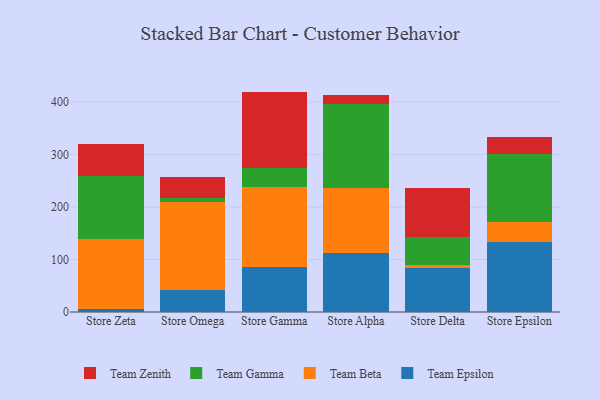
{"axis": {"x": "Store", "y": "Net Income (USD K)"}, "legend": ["Team Beta", "Team Epsilon", "Team Gamma", "Team Zenith"], "data": [{"x": "Store Zeta", "y": 5.2, "type": "Team Epsilon"}, {"x": "Store Zeta", "y": 133.3, "type": "Team Beta"}, {"x": "Store Zeta", "y": 121.1, "type": "Team Gamma"}, {"x": "Store Zeta", "y": 61.0, "type": "Team Zenith"}, {"x": "Store Omega", "y": 42.5, "type": "Team Epsilon"}, {"x": "Store Omega", "y": 166.9, "type": "Team Beta"}, {"x": "Store Omega", "y": 7.1, "type": "Team Gamma"}, {"x": "Store Omega", "y": 40.2, "type": "Team Zenith"}, {"x": "Store Gamma", "y": 85.8, "type": "Team Epsilon"}, {"x": "Store Gamma", "y": 151.6, "type": "Team Beta"}, {"x": "Store Gamma", "y": 37.3, "type": "Team Gamma"}, {"x": "Store Gamma", "y": 145.3, "type": "Team Zenith"}, {"x": "Store Alpha", "y": 112.8, "type": "Team Epsilon"}, {"x": "Store Alpha", "y": 122.7, "type": "Team Beta"}, {"x": "Store Alpha", "y": 160.6, "type": "Team Gamma"}, {"x": "Store Alpha", "y": 17.3, "type": "Team Zenith"}, {"x": "Store Delta", "y": 83.5, "type": "Team Epsilon"}, {"x": "Store Delta", "y": 5.2, "type": "Team Beta"}, {"x": "Store Delta", "y": 54.2, "type": "Team Gamma"}, {"x": "Store Delta", "y": 93.6, "type": "Team Zenith"}, {"x": "Store Epsilon", "y": 133.1, "type": "Team Epsilon"}, {"x": "Store Epsilon", "y": 38.6, "type": "Team Beta"}, {"x": "Store Epsilon", "y": 128.5, "type": "Team Gamma"}, {"x": "Store Epsilon", "y": 34.2, "type": "Team Zenith"}]}